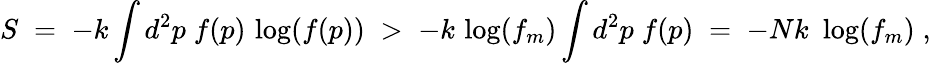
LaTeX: S\; =\; -k\int d^{2}p\; f(p)\, \log(f(p))\; >\; -k\, \log(f_{m})\int d^{2}p\; f(p)\; =\; -Nk\, \, \log(f_{m})\; ,